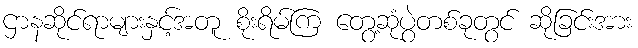
ဌာနဆိုင်ရာများနှင့်အတူ စိုးရိမ်ကြ တွေ့ဆုံပွဲတစ်ခုတွင် ဆိုခြင်းအား